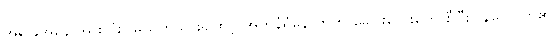
အခြေအနေ အားလုံးငြိမ်သက်သွား၍ထင့် အုတ်နံရံနောက်က ခေါင်းလေးတွေ စီပြီးပြန်ပေါ်လာ၏။